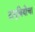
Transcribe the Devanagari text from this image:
दानुबियोचा